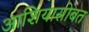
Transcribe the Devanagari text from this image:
आशियासोबत